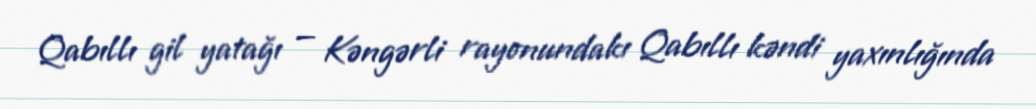
Qabıllı gil yatağı — Kəngərli rayonundakı Qabıllı kəndi yaxınlığında